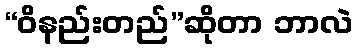
“ဝိနည်းတည်”ဆိုတာ ဘာလဲ